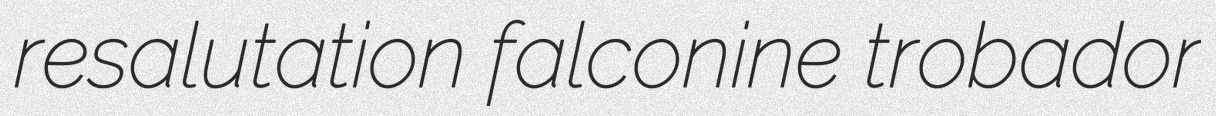
resalutation falconine trobador